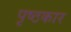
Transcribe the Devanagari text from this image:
पृष्ठकार